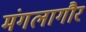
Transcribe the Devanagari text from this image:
मंगलागौर